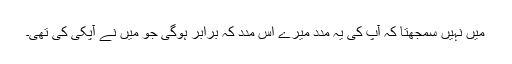
میں نہیں سمجھتا کہ آپ کی یہ مدد میرے اس مدد کہ برابر ہوگی جو میں نے آپکی کی تھی۔